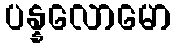
ပန္နလောမော